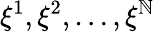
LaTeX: \xi^{1},\xi^{2},\dots,\xi^{\mathbb{N}}